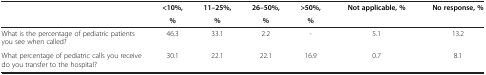
<table><thead><tr><td><b> </b></td><td><b>&lt;10%,</b></td><td><b>11–25%,</b></td><td><b>26–50%,</b></td><td><b>&gt;50%,</b></td><td><b>Not applicable, %</b></td><td><b>No response, %</b></td></tr><tr><td><b> </b></td><td><b>%</b></td><td><b>%</b></td><td><b>%</b></td><td><b>%</b></td><td><b> </b></td><td></td></tr></thead><tbody><tr><td>What is the percentage of pediatric patients you see when called?</td><td>46.3</td><td>33.1</td><td>2.2</td><td>-</td><td>5.1</td><td>13.2</td></tr><tr><td>What percentage of pediatric calls you receive do you transfer to the hospital?</td><td>30.1</td><td>22.1</td><td>22.1</td><td>16.9</td><td>0.7</td><td>8.1</td></tr></tbody></table>